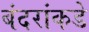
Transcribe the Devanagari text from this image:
बंदरांकडे